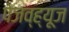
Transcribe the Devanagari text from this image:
पेजव्ह्यूज